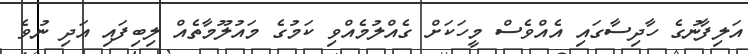
އަލިފާނުގެ ހާދިސާގައި އެއްވެސް މީހަކަށް ގެއްލުމެއްވި ކަމުގެ މައުލޫމާތެއް ލިބިފައި އަދި ނުވެ